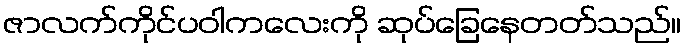
ဇာလက်ကိုင်ပဝါကလေးကို ဆုပ်ခြေနေတတ်သည်။